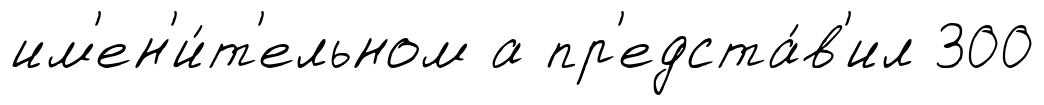
им'ен'и́т'ельном а пр'едста́в'ил 300